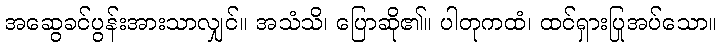
အဆွေခင်ပွန်းအားသာလျှင်။ အသံသိ၊ ပြောဆို၏။ ပါတုကထံ၊ ထင်ရှားပြုအပ်သော။